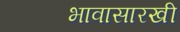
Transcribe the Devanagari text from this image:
भावासारखी